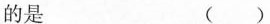
的是 ()